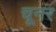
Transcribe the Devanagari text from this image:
चूनर